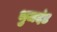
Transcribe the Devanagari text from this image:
भुजदंड